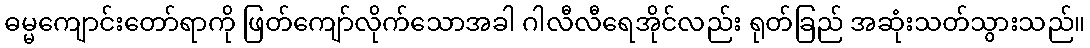
ဓမ္မကျောင်းတော်ရာကို ဖြတ်ကျော်လိုက်သောအခါ ဂါလီလီရေအိုင်လည်း ရုတ်ခြည် အဆုံးသတ်သွားသည်။